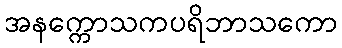
အနက္ကောသကပရိဘာသကော